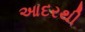
આદરથી